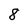
Character: 8